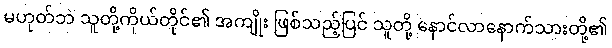
မဟုတ်ဘဲ သူတို့ကိုယ်တိုင်၏ အကျိုး ဖြစ်သည့်ပြင် သူတို့ နောင်လာနောက်သားတို့၏